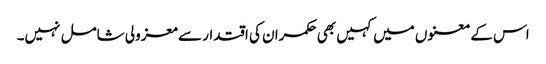
اس کے معنوں میں کہیں بھی حکمران کی اقتدار سے معزولی شامل نہیں۔